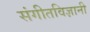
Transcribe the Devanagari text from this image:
संगीतविज्ञानी